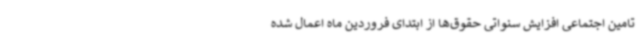
تامین اجتماعی افزایش سنواتی حقوق‌ها از ابتدای فروردین ماه اعمال شده